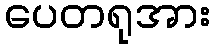
ပေတရုအား